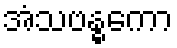
အံသဗန္ဓကော